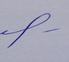
Signature authenticity: genuine